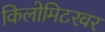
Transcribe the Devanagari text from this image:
किलोमिटरवर